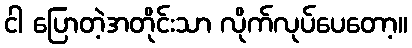
ငါ ပြောတဲ့အတိုင်းသာ လိုက်လုပ်ပေတော့။